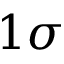
1 \sigma